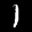
Label: 1